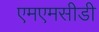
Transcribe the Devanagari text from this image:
एमएमसीडी